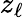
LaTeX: z_{\ell}